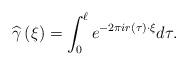
LaTeX: \begin{align*}\widehat{\gamma }\left( \xi \right) =\int_{0}^{\ell}e^{-2\pi ir\left( \tau \right)\cdot \xi }d\tau .\end{align*}